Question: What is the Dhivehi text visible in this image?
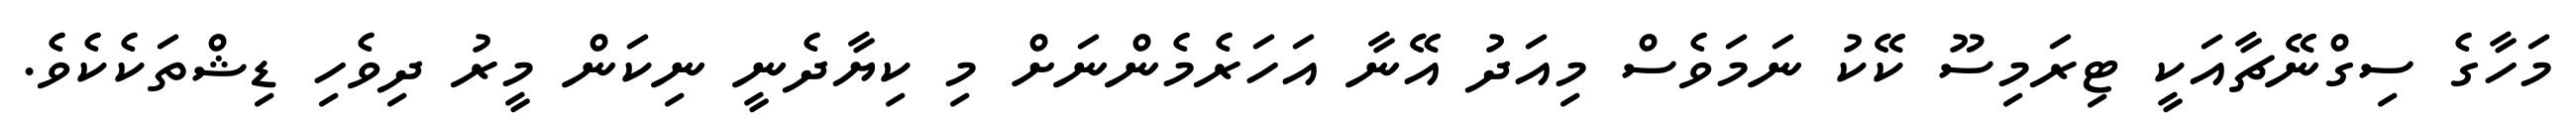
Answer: މަހާގެ ސިގްނޭޗާއަކީ ޓިރަމިސޫ ކޭކު ނަމަވެސް މިއަދު އޭނާ އަހަރެމެންނަށް މި ކިޔާދެނީ ނިކަން މީރު ދިވެހި ޑިޝްތަކެކެވެ.